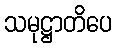
သမုဋ္ဌာတိပေ